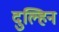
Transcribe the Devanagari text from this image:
दुल्हिन